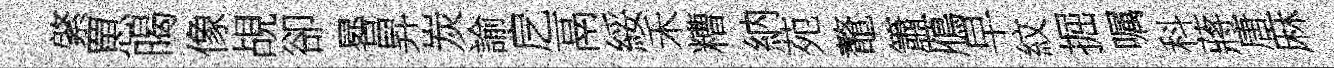
綮罳暍像覘卻晷昇炭諭戹鬲綏禾糟納苑鼇簫鴈早紋掘嘱科蔣唐麻